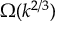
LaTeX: \Omega ( k ^ { 2 / 3 } )